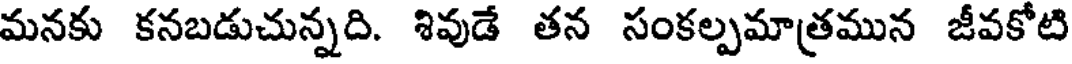
మనకు కనబడుచున్నది. శివుడే తన సంకల్పమాత్రమున జీవకోటి